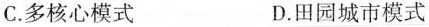
C.多核心模式 D.田园城市模式